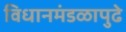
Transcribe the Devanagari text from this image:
विधानमंडळापुढे